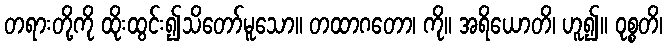
တရားတို့ကို ထိုးထွင်း၍သိတော်မူသော။ တထာဂတော၊ ကို။ အရိယောတိ၊ ဟူ၍။ ဝုစ္စတိ၊